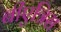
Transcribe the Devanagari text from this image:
बीएत्रिस